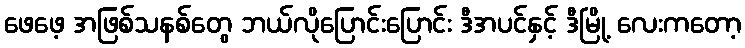
ဖေဖေ့ အဖြစ်သနစ်တွေ ဘယ်လိုပြောင်းပြောင်း ဒီအပင်နှင့် ဒီမြို့ လေးကတော့